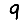
Digit: 9